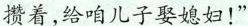
攒着,给咱儿子娶媳妇!”